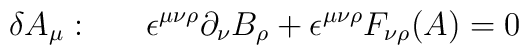
\delta A_{\mu}:~~~~~\epsilon^{\mu\nu\rho}\partial_{\nu}B_{\rho}+\epsilon^{\mu\nu\rho}F_{\nu\rho}(A)=0